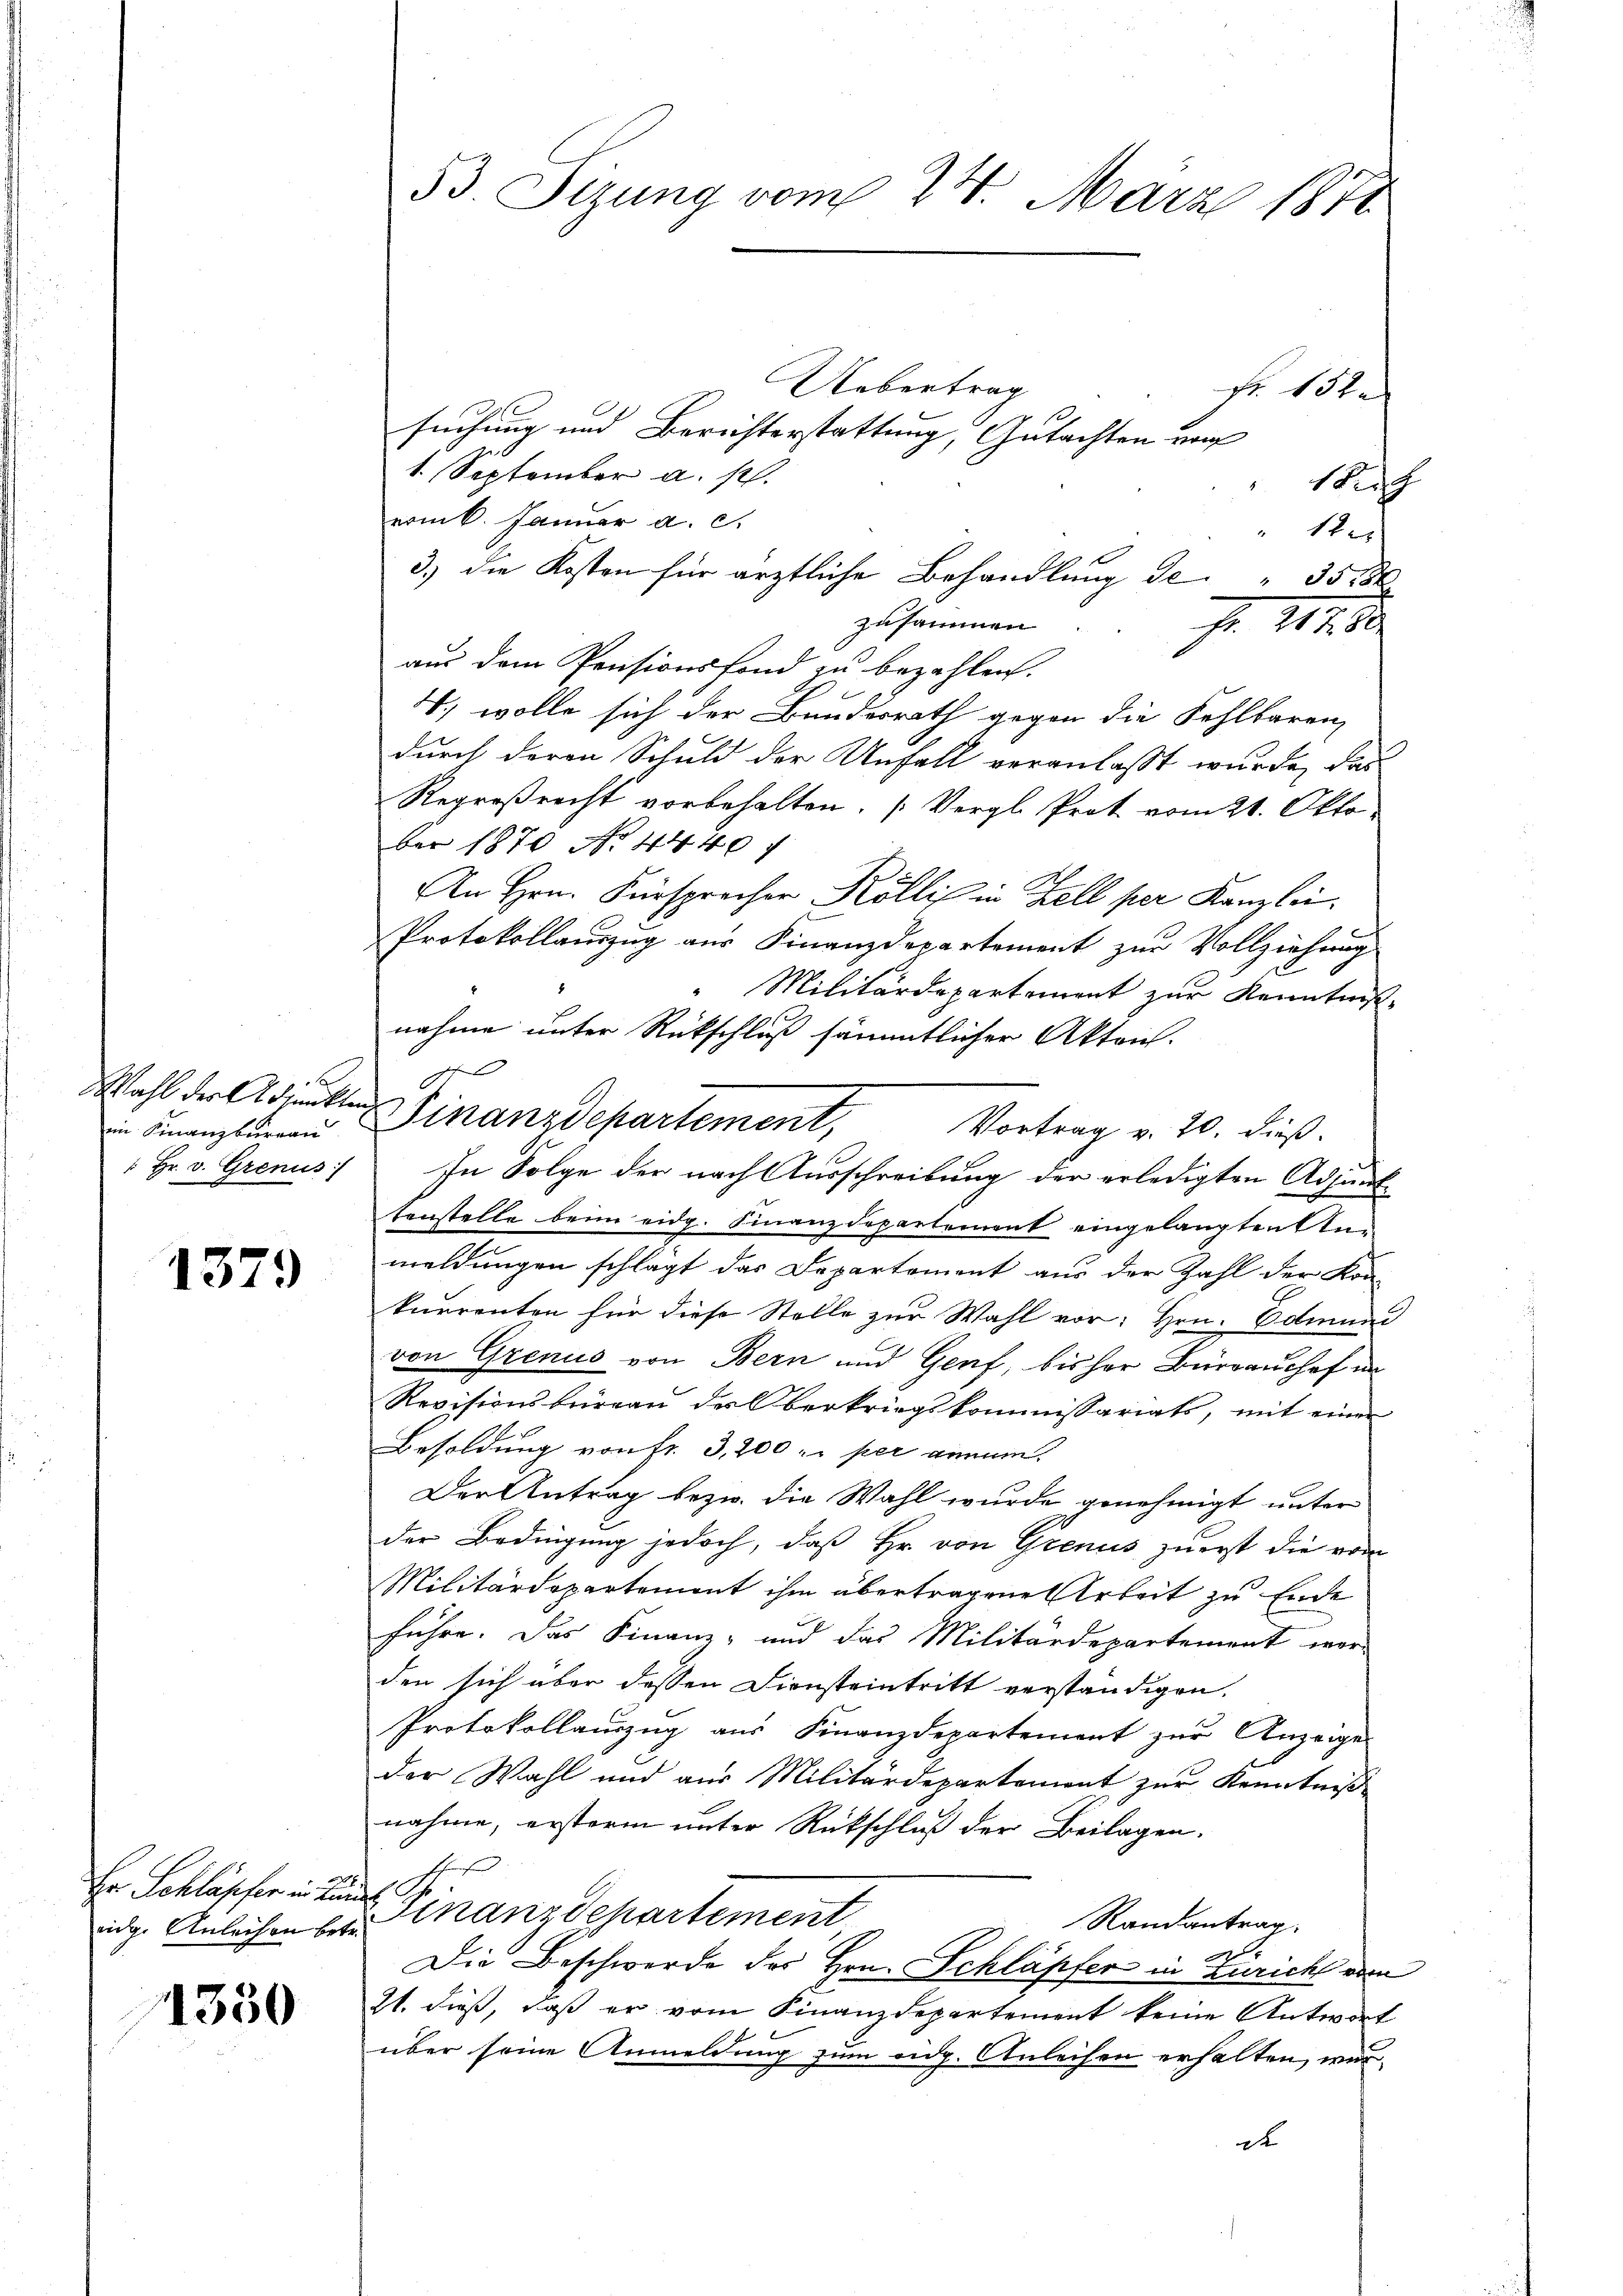
in Finanzbergan
 Hr. v. Grenus

1379

Hr Schläpfer in Kun
eidge Anleihen betr.

1350

Uebertrag
fr. 152.
suchung und Berichterstattung, Gutachten von
1. September a. p.
Rich
vom k. Januar a. c.
" 12
3) die Kosten für ärztliche Behandlung de" 35186
zusammen
Fr. 417.
aus dem Pensionsfond zu bezahlen.
V. wolle sich der Bundesrath gegen die Fehlbaren
durch deren Schuld der Unfall veranlasst wurde, das
Regroßrecht vorbehalten. (Vergl. Prot vom 21. Oktober 1870 No 44407
An Hrn. Fürsprecher Köllis in Zell per Kanzlei
Protokollauszug aus Finanzdepartement zur Vollziehung
"Militärdepartement zur Kenntniß
nahme unter Rückschluß sämmtlicher Akten.
Vortrag v. 20. dieß.
In Folge der nach Ausschreibung der erledigten Adjunktenstelle beim eidg. Finanzdepartement eingelangten Unmeldungen schlägt das Departemont aus der Zahl der Kon-
kurrenten für diese Stelle zur Wahl vor: Hrn. Edmund
von Grenus von Bern und Genf, bisher Büreaushof in
Revisionsbüreau der Oberkriegskommissariats, mit einen
Besoldung von fr. 3,200 r. per annum
Der Antrag bezw. die Wahl wurde genehmigt unter
der Bedingung jedoch, daß Hr. von Grenus zuerst die vom
Militärdepartement ihm übertragene Arbeit zu Ende
führe. Das Finanz- und das Militärdepartement wer-
den sich über dessen Diensteintritt verständigen.
Protokollauszug aus Finanzdepartement zur Anzeiger
der Wahl und aus Militärdepartement zur Kenntniß
nahme, ersterm unter Rückschluß der Beilagen.
s
sinanzdepartement
Randantrag.
Die Beschwerde des Hrn. Schläpfer in Züricht vom
21. dieß, daß er vom Finanzdepartement keine Antwort
über seine Anmeldung zum eidg. Anleihen erhalten, wir
de

53. Sizung vom 24. März 1871

1
Wahl der Adjunkten Finanzdepartement,